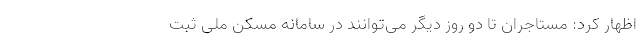
اظهار کرد: مستاجران تا دو روز دیگر می‌توانند در سامانه مسکن ملی ثبت